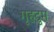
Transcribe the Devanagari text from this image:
गृहद्रुम